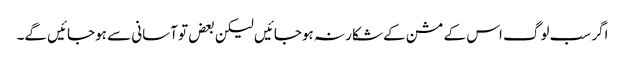
اگر سب لوگ اس کے مشن کے شکار نہ ہوجائیں لیکن بعض تو آسانی سے ہوجائیں گے۔